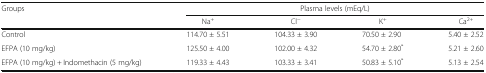
<table><thead><tr><td rowspan="2"><b>Groups</b></td><td colspan="4"><b>Plasma levels (mEq/L)</b></td></tr><tr><td><b>Na<sup>+</sup></b></td><td><b>Cl<sup>−</sup></b></td><td><b>K<sup>+</sup></b></td><td><b>Ca<sup>2+</sup></b></td></tr></thead><tbody><tr><td>Control</td><td>114.70 ± 5.51</td><td>104.33 ± 3.90</td><td>70.50 ± 2.90</td><td>5.40 ± 2.52</td></tr><tr><td>EFPA (10 mg/kg)</td><td>125.50 ± 4.00</td><td>102.00 ± 4.32</td><td>54.70 ± 2.80<sup>*</sup></td><td>5.21 ± 2.60</td></tr><tr><td>EFPA (10 mg/kg) + Indomethacin (5 mg/kg)</td><td>119.33 ± 4.43</td><td>103.33 ± 3.41</td><td>50.83 ± 5.10<sup>*</sup></td><td>5.13 ± 2.54</td></tr></tbody></table>